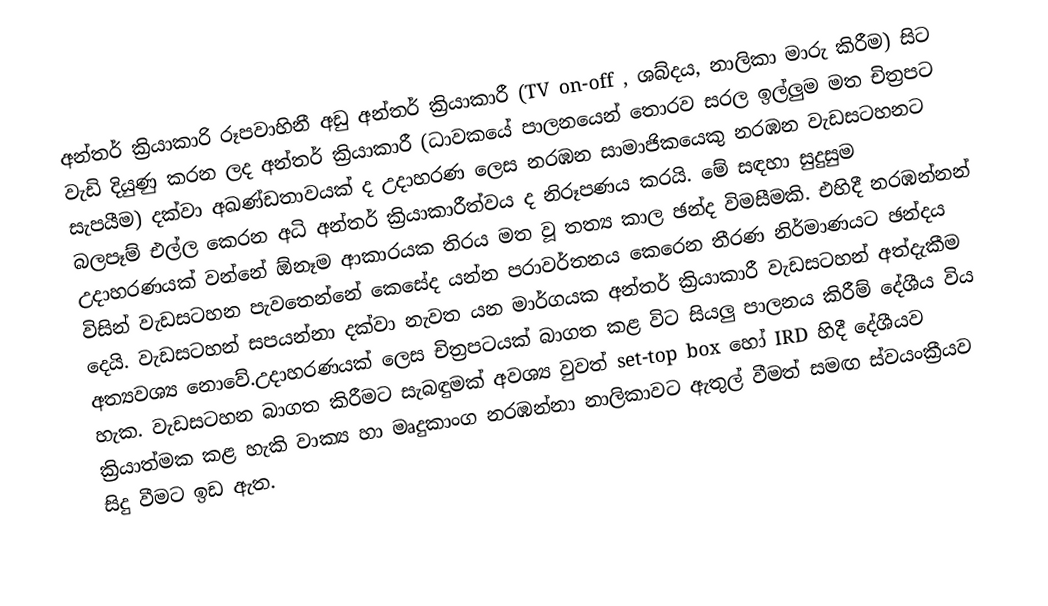
අන්තර් ක්‍රියාකාරි රූපවාහිනී අඩු අන්තර් ක්‍රියාකාරී (TV on-off , ශබ්දය, නාලිකා මාරු කිරීම) සිට වැඩි දියුණු කරන ලද අන්තර් ක්‍රියාකාරී (ධාවකයේ පාල‍නයෙන් තොරව සරල ඉල්ලුම මත චිත්‍රපට සැපයීම) දක්වා අඛණ්ඩතාවයක් ද උදාහරණ ලෙස නරඹන සාමාජිකයෙකු නරඹන වැඩසටහනට බලපෑම් එල්ල කෙරන අධි අන්තර් ක්‍රියාකාරීත්වය ද නිරූපණය කරයි. මේ සඳහා සුදුසුම උදාහරණයක් වන්නේ ඕනෑම ආකාරයක තිරය මත වූ තත්‍ය කාල ඡන්ද විමසීමකි. එහිදී නරඹන්නන් විසින් වැඩසටහන පැවතෙන්නේ කෙසේද යන්න පරාවර්තනය කෙරෙන තීරණ නිර්මාණයට ඡන්දය දෙයි. වැඩසටහන් සපයන්නා දක්වා නැවත යන මාර්ගයක අන්තර් ක්‍රියාකාරී වැඩසටහන් අත්දැකීම අත්‍යවශ්‍ය නොවේ.උදාහරණයක් ලෙස චිත්‍රපටයක් බාගත කළ විට සියලු පාලනය කිරීම් දේශීය විය හැක. වැඩසටහන බාගත කිරීමට සැබඳුමක් අවශ්‍ය වුවත් set-top box හෝ IRD හිදී දේශීයව ක්‍රියාත්මක කළ හැකි වාක්‍ය හා මෘදුකාංග නරඹන්නා නාලිකාවට ඇතුල් වීමත් සමඟ ස්වයංක්‍රීයව සිදු වීමට ඉඩ ඇත.